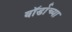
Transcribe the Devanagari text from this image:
वॉर्डाच्या